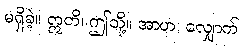
မရှိခဲ့။ ဣတိ၊ ဤသို့။ အာဟ၊ လျှောက်